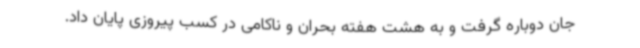
جان دوباره گرفت و به هشت هفته بحران و ناکامی در کسب پیروزی پایان داد.